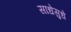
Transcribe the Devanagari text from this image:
साधेसुधे